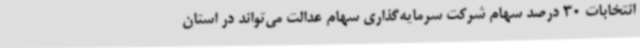
انتخابات 30 درصد سهام شرکت سرمایه‌گذاری سهام عدالت می‌تواند در استان